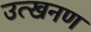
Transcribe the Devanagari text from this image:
उत्खनण